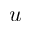
u